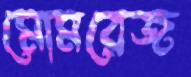
মোমরেজ